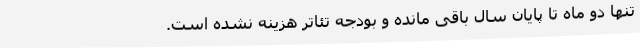
تنها دو ماه تا پایان سال باقی مانده و بودجه تئاتر هزینه نشده است.